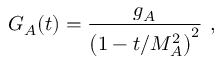
G _ { A } ( t ) = \frac { g _ { A } } { \left( 1 - t / M _ { A } ^ { 2 } \right) ^ { 2 } } ~ ,